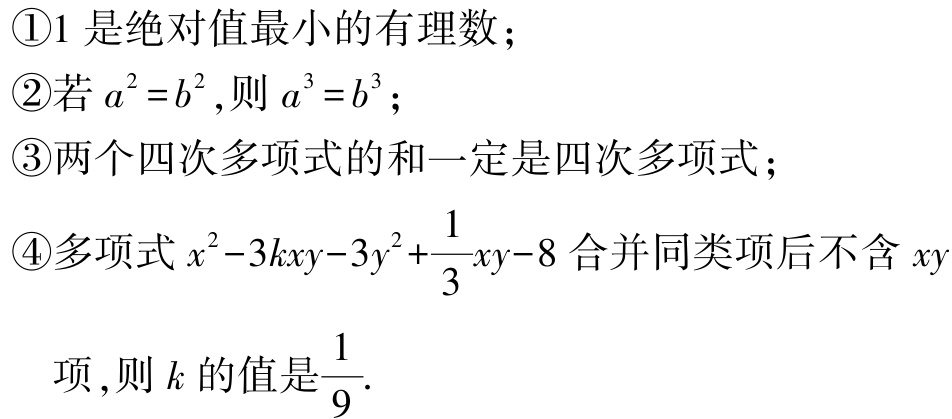
\textcircled{1}$1$是绝对值最小的有理数；
\textcircled{2}若$a^{2}=b^{2}$,则$a^{3}=b^{3}$；
\textcircled{3}两个四次多项式的和一定是四次多项式；
\textcircled{4}多项式$x^{2}-3kxy - 3y^{2}+\dfrac{1}{3}xy - 8$合并同类项后不含$xy$项,则$k$的值是$\dfrac{1}{9}$.